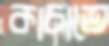
কাচাতে